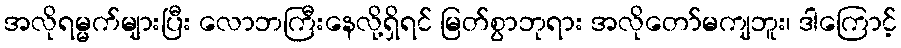
အလိုရမ္မက်များပြီး လောဘကြီးနေလို့ရှိရင် မြတ်စွာဘုရား အလိုတော်မကျဘူး၊ ဒါကြောင့်